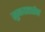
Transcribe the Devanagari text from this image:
सुनयात्तसेन